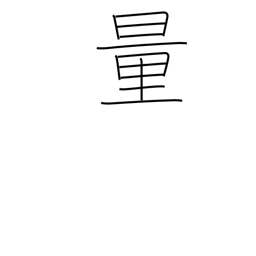
Meaning: surmise